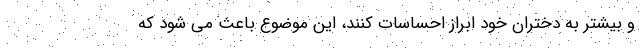
و بیشتر به دختران خود ابراز احساسات کنند، این موضوع باعث می شود که